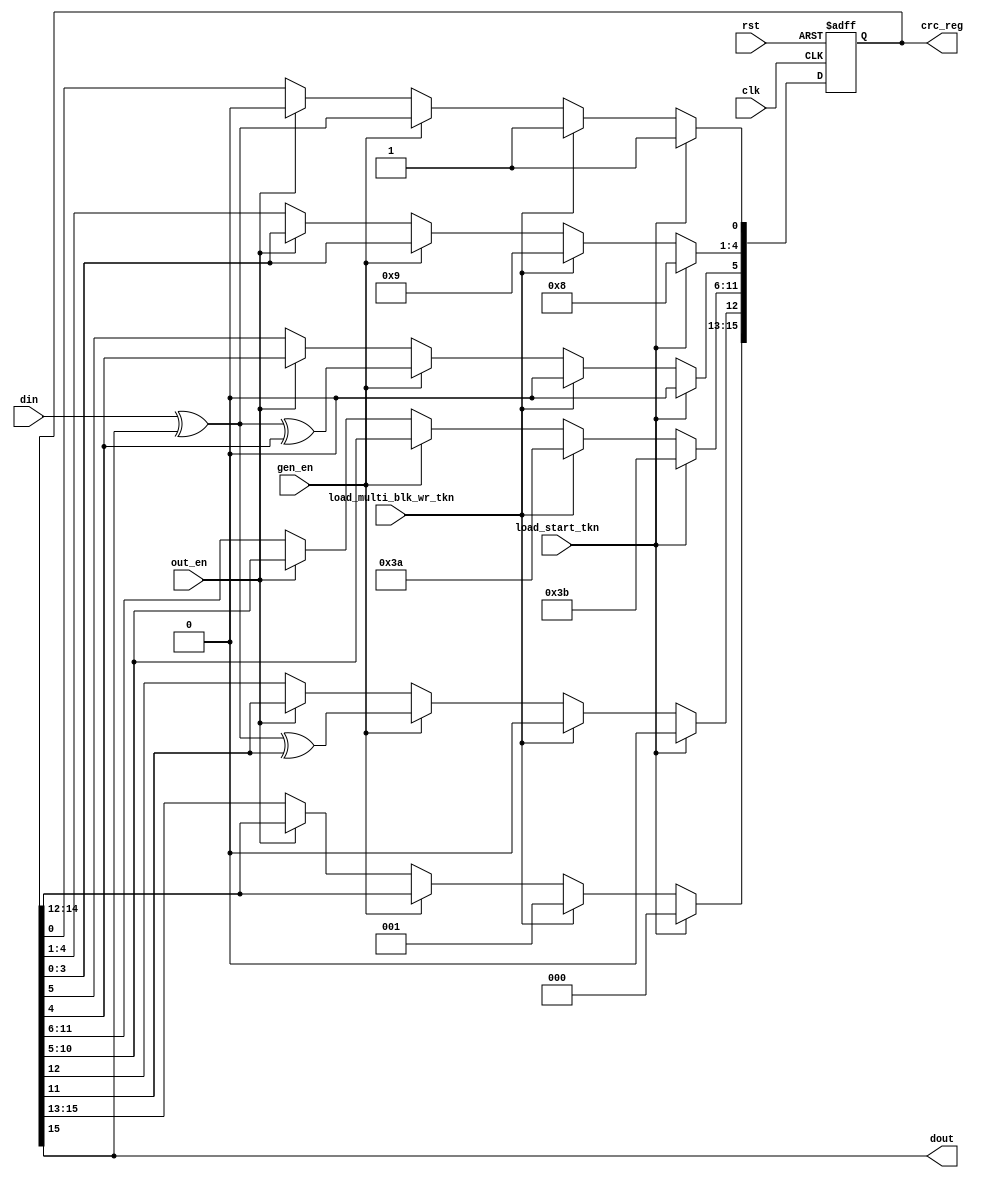
///////////////////////////////////////////////////////////////////////////////
//
//
// Copyright (C) 2007, Licensed customers of QuickLogic may copy or modify
// this file for use in designing QuickLogic devices only.
//
// Module Name:  crc16
// 
//
///////////////////////////////////////////////////////////////////////////////
`timescale 1ns/1ns

module spi_crc16(
             rst,
             clk,
             gen_en,
             out_en,
             din,
             dout,
			 load_start_tkn,
			 load_multi_blk_wr_tkn,
			 crc_reg
             );

input  rst;
input  clk;
input  gen_en;
input  out_en;
input  din;
output dout;
input  load_start_tkn;
input  load_multi_blk_wr_tkn;
output [15:0] crc_reg;

wire   rst ;
wire   clk ;
wire   gen_en ;
wire   out_en ;
wire   din ;
wire   dout ;

reg [15:0] crc_reg;

assign dout = crc_reg[15];

  always @(posedge rst or posedge clk) 
  begin
    if( rst ) 
	begin
      crc_reg <= 16'h0;
    end
    else
    begin
	  if( load_start_tkn )
        crc_reg <= 16'h0ED1;
	  else if( load_multi_blk_wr_tkn ) 
	    crc_reg <= 16'h2E93;
      else if( gen_en ) 
	  begin
        crc_reg[15:13]  <= crc_reg[14:12] ;
        crc_reg[12]     <= din ^ crc_reg[15] ^ crc_reg[11];
        crc_reg[11:6]   <= crc_reg[10:5] ;
        crc_reg[5]      <= din ^ crc_reg[15] ^ crc_reg[4];
        crc_reg[4:1]    <= crc_reg[3:0] ;
        crc_reg[0]      <= din ^ crc_reg[15];
      end
      else if( out_en ) 
	  begin
        crc_reg[15:1]   <= crc_reg[14:0] ;
        crc_reg[0]      <= 1'b 0;
      end
    end
  end


endmodule